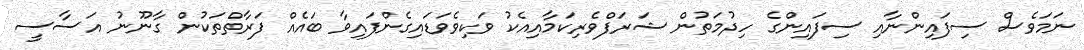
ނަމަވެސް ސިފައިންނާއި ސިފައިންގެ ހިދުމަތުން ޝަރަފްވެރިކަމާއިއެކު ވަކިވެވަޑައިގެންފައިވާ ބައެއް ފަރާތްތަކުން ގާނޫނު އަސާސީ